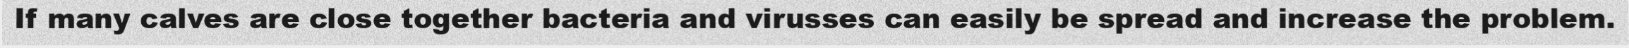
If many calves are close together bacteria and virusses can easily be spread and increase the problem.